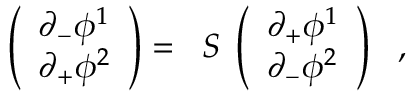
\left( \begin{array} { l } { { \partial _ { - } \phi ^ { 1 } } } \\ { { \partial _ { + } \phi ^ { 2 } } } \end{array} \right) = \; \; S \; \left( \begin{array} { l } { { \partial _ { + } \phi ^ { 1 } } } \\ { { \partial _ { - } \phi ^ { 2 } } } \end{array} \right) \ \ ,